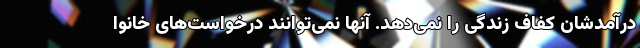
درآمدشان کفاف زندگی را نمی‌دهد. آنها نمی‌توانند درخواست‌های خانوا